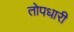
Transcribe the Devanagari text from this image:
तोपधारी